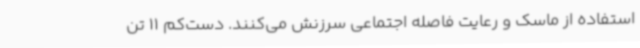
استفاده از ماسک و رعایت فاصله اجتماعی سرزنش می‌کنند. دست‌کم 11 تن